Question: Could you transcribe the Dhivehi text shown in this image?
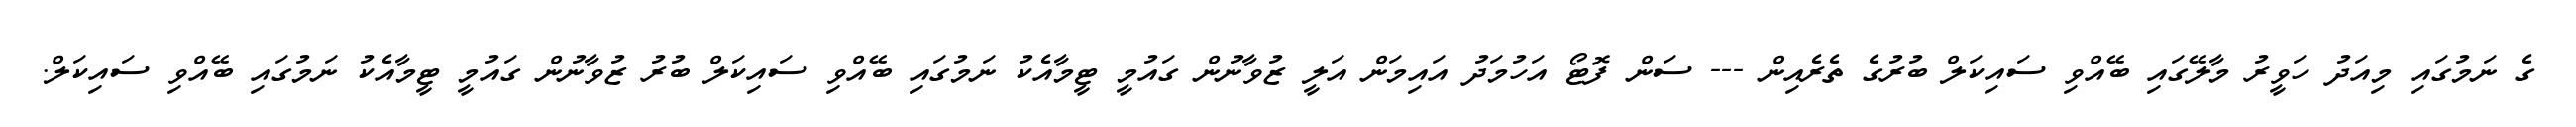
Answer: ގެ ނަމުގައި މިއަދު ހަވީރު މާލޭގައި ބޭއްވި ސައިކަލް ބުރުގެ ތެރެއިން --- ސަން ފޮޓޯ އަހުމަދު އައިމަން އަލީ ޒުވާނުން ގައުމީ ޓީމާއެކު ނަމުގައި ބޭއްވި ސައިކަލް ބުރު ޒުވާނުން ގައުމީ ޓީމާއެކު ނަމުގައި ބޭއްވި ސައިކަލް.